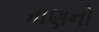
માણનો